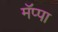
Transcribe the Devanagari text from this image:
मॅप्पा